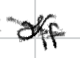
Text: off
Cross-out: cross
Writing tool: digital_black